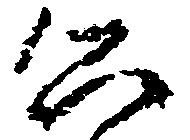
公